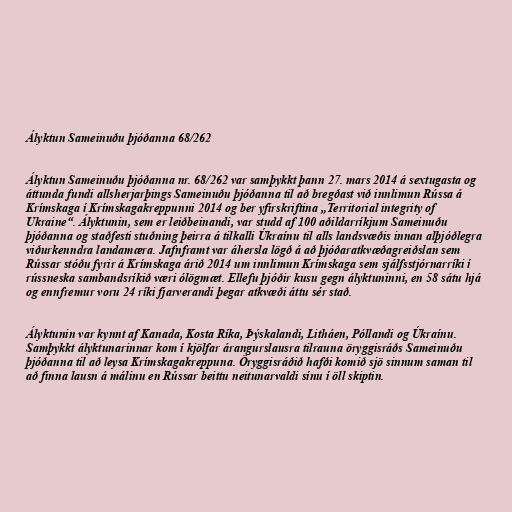
Ályktun Sameinuðu þjóðanna 68/262

Ályktun Sameinuðu þjóðanna nr. 68/262 var samþykkt þann 27. mars 2014 á sextugasta og
áttunda fundi allsherjarþings Sameinuðu þjóðanna til að bregðast við innlimun Rússa á
Krímskaga í Krímskagakreppunni 2014 og ber yfirskriftina „Territorial integrity of
Ukraine“. Ályktunin, sem er leiðbeinandi, var studd af 100 aðildarríkjum Sameinuðu
þjóðanna og staðfesti stuðning þeirra á tilkalli Úkraínu til alls landsvæðis innan alþjóðlegra
viðurkenndra landamæra. Jafnframt var áhersla lögð á að þjóðaratkvæðagreiðslan sem
Rússar stóðu fyrir á Krímskaga árið 2014 um innlimun Krímskaga sem sjálfsstjórnarríki í
rússneska sambandsríkið væri ólögmæt. Ellefu þjóðir kusu gegn ályktuninni, en 58 sátu hjá
og ennfremur voru 24 ríki fjarverandi þegar atkvæði áttu sér stað.

Ályktunin var kynnt af Kanada, Kosta Ríka, Þýskalandi, Litháen, Póllandi og Úkraínu.
Samþykkt ályktunarinnar kom í kjölfar árangurslausra tilrauna öryggisráðs Sameinuðu
þjóðanna til að leysa Krímskagakreppuna. Öryggisráðið hafði komið sjö sinnum saman til
að finna lausn á málinu en Rússar beittu neitunarvaldi sínu í öll skiptin.